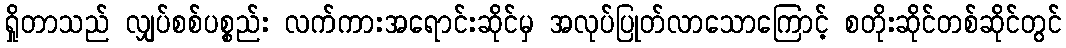
ရှိုတာသည် လျှပ်စစ်ပစ္စည်း လက်ကားအရောင်းဆိုင်မှ အလုပ်ပြုတ်လာသောကြောင့် စတိုးဆိုင်တစ်ဆိုင်တွင်